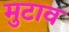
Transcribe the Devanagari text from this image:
मुटाव